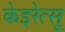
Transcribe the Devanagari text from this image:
केइरेत्सू